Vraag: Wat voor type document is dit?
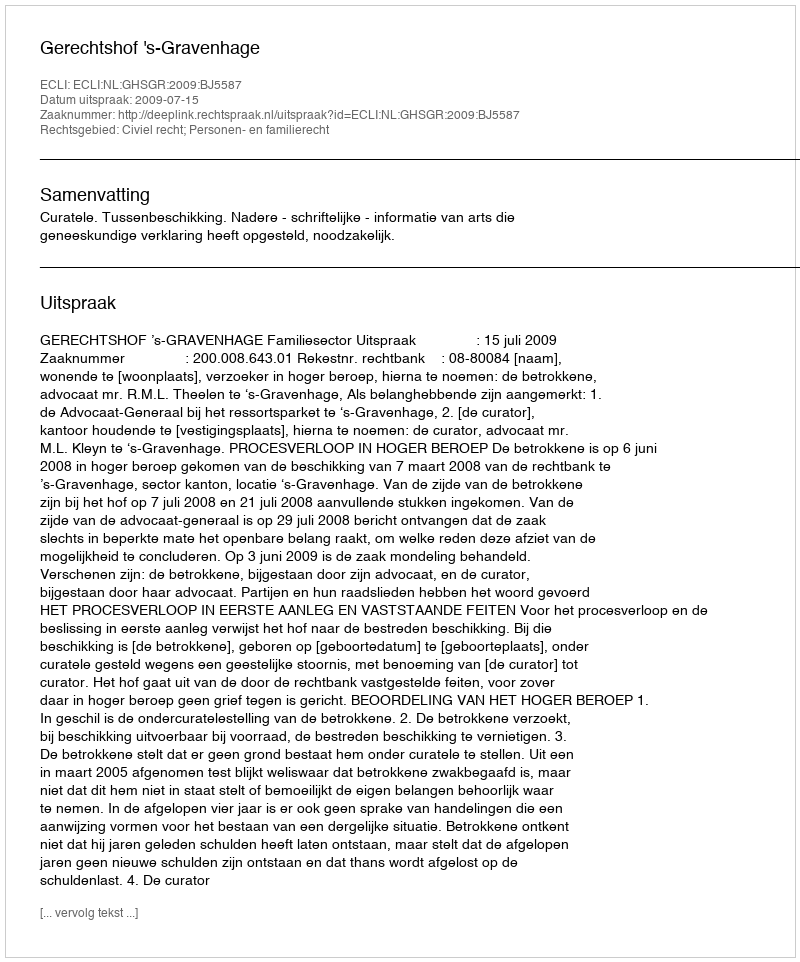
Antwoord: Uitspraak